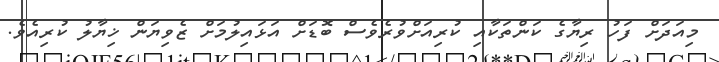
މިއަދަށް ފަހު ރިޔާގެ ކަންތަކާއި ކުރިއަށްވުރެވެސް ބޮޑަށް އަޅައިލުމަށް ޒެވިޔަން ޚިޔާލު ކުރިއެވެ.